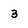
Character: 3